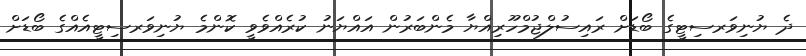
ދެ ޔުނިވަރސިޓީގެ ބޯޑަށް ރައިސުލްޖުމްހޫރިއްޔާ މެންބަރުން އައްޔަނު ކުރެއްވެވީ ކޮންމެ ޔުނިވަރސިޓީއެއްގެ ބޯޑަށް